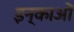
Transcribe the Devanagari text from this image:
इन्काओं